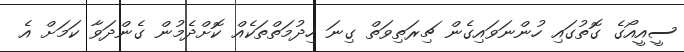
ސީއީއޯގެ ގޮތުގައި ހުންނަވައިގެން ޗިރަތިވަތް ގިނަ ހިދުމަތްތަކެއް ކޮށްދެމުން ގެންދަވާ ކަމަށް އެ